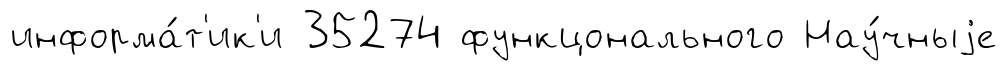
информа́т'ик'и 35274 функцонального Нау́чныjе